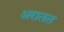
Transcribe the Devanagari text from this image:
अरालत